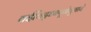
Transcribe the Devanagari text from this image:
वईविद्ध्यपूर्नवुमाये